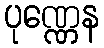
ပုဏ္ဏေန